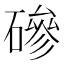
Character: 磣